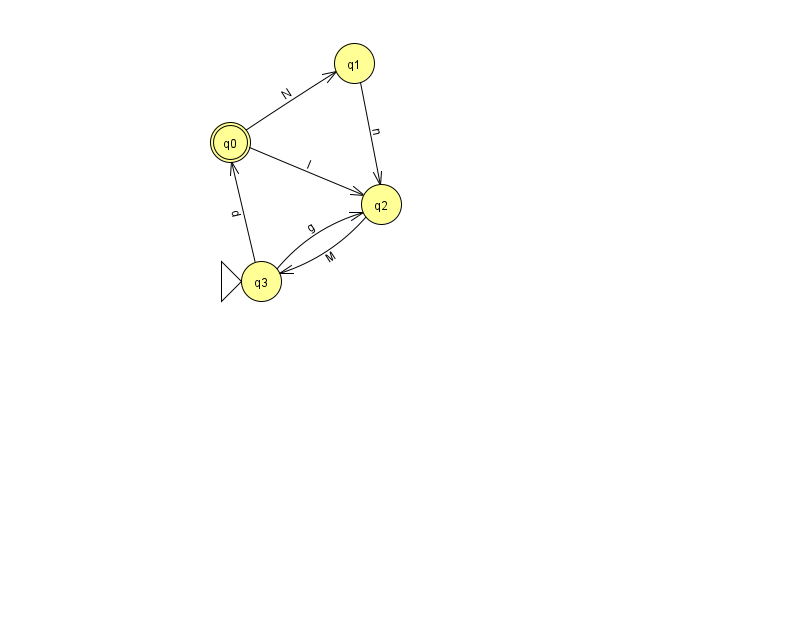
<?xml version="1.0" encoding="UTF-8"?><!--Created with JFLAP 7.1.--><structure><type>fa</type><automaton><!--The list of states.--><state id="0" name="q0"><x>230.0</x><y>129.0</y><final/></state><state id="1" name="q1"><x>354.0</x><y>50.0</y></state><state id="2" name="q2"><x>381.0</x><y>191.0</y></state><state id="3" name="q3"><x>261.0</x><y>268.0</y><initial/></state><!--The list of transitions.--><transition><from>3</from><to>2</to><read>g</read></transition><transition><from>3</from><to>0</to><read>d</read></transition><transition><from>0</from><to>1</to><read>N</read></transition><transition><from>0</from><to>2</to><read>l</read></transition><transition><from>2</from><to>3</to><read>M</read></transition><transition><from>1</from><to>2</to><read>n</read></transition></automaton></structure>